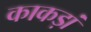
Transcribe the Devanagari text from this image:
काकड़ां